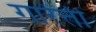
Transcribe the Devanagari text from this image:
गारेंत्ती